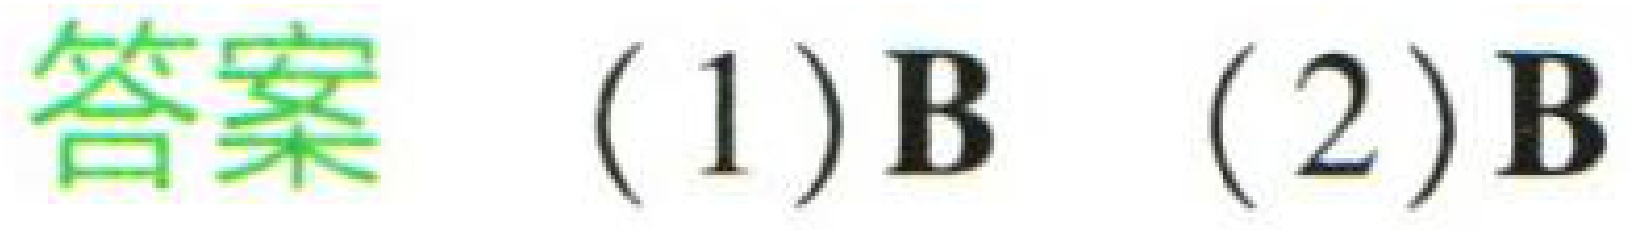
答案  (1)B  (2)B